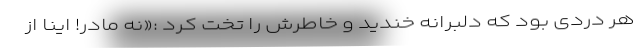
هر دردی بود که دلبرانه خندید و خاطرش را تخت کرد :«نه مادر! اینا از